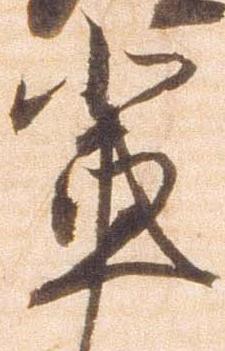
輩